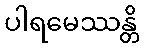
ပါရမေဿန္တိ